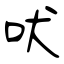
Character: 吠